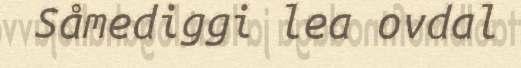
Såmediggi lea ovdal